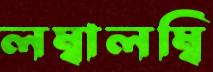
লম্বালম্বি